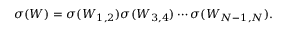
\sigma ( W ) = \sigma ( W _ { 1 , 2 } ) \sigma ( W _ { 3 , 4 } ) \cdots \sigma ( W _ { N - 1 , N } ) .